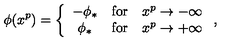
\phi ( x ^ { p } ) = \left\{ \begin{array} { c c c } { - \phi _ { * } } & { \mathrm { f o r } } & { x ^ { p } \to - \infty } \\ { \phi _ { * } } & { \mathrm { f o r } } & { x ^ { p } \to + \infty } \\ \end{array} \right. ,